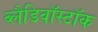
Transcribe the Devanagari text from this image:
ब्लैडिवॉस्टॉक